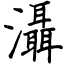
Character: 灄